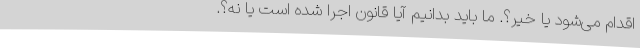
اقدام می‌شود یا خیر؟. ما باید بدانیم آیا قانون اجرا شده است یا نه؟.